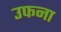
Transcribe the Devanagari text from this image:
उफना